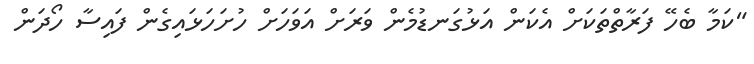
"ކަމާ ބެހޭ ފަރާތްތަކަށް އެކަން އަޅުގަނޑުމެން ވަރަށް އަވަހަށް ހުށަހަޅައިގެން ފައިސާ ހޯދަން